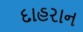
દાહરાન